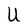
Character: U